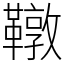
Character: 䪃